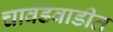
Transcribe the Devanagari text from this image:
चावंडवाडीत